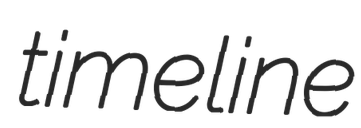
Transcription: timeline